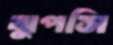
ঝুপসি